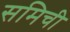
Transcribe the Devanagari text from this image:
समिची